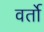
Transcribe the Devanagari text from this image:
वर्तो